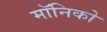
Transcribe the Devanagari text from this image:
मॉनिको